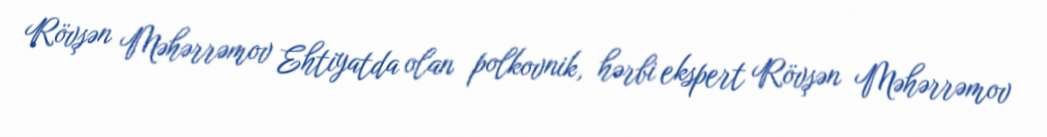
Rövşən Məhərrəmov Ehtiyatda olan polkovnik, hərbi ekspert Rövşən Məhərrəmov